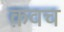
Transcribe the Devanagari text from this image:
क़वच